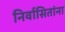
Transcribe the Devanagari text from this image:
निर्वासितांना